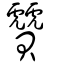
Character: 贙